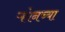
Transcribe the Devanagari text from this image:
ऱ्होनच्या